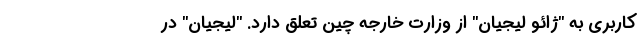
کاربری به "ژائو لیجیان" از وزارت خارجه چین تعلق دارد. "لیجیان" در